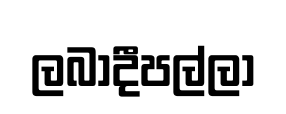
ලබාදීපල්ලා